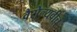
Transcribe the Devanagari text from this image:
वैसेल्यवीच